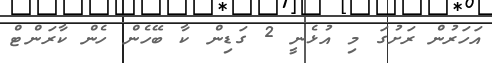
އަހަރުން ރަށުގަ މި އުޅެނީ 2 ގަޑިން ކާ ބޭހެން ހެން ކާރަންޓް